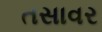
તસાવર